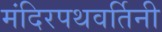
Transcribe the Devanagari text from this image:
मंदिरपथवर्तिनी